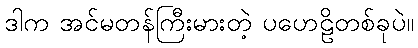
ဒါက အင်မတန်ကြီးမားတဲ့ ပဟေဠိတစ်ခုပဲ။